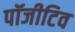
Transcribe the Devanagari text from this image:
पॉजीटिव